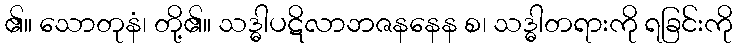
၏။ သောတုနံ၊ တို့၏။ သဒ္ဓါပဋိလာဘဇနနေန စ၊ သဒ္ဓါတရားကို ရခြင်းကို